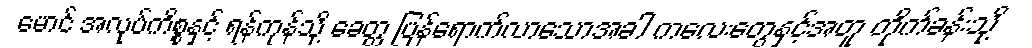
မောင် အလုပ်ကိစ္စနှင့် ရန်ကုန်သို့ ခေတ္တ ပြန်ရောက်လာသောအခါ ကလေးတွေနှင့်အတူ တိုက်ခန်းသို့